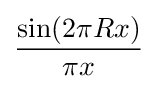
{\frac {\sin(2\pi Rx)}{\pi x}}